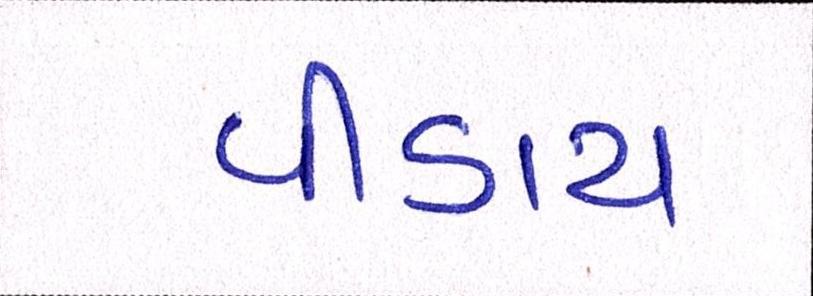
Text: પીડાય